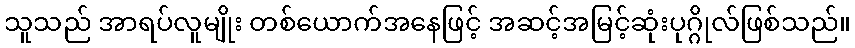
သူသည် အာရပ်လူမျိုး တစ်ယောက်အနေဖြင့် အဆင့်အမြင့်ဆုံးပုဂ္ဂိုလ်ဖြစ်သည်။